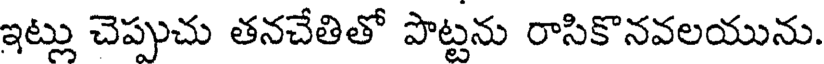
ఇట్లు చెప్పుచు తనచేతితో పొట్టను రాసికొనవలయును.